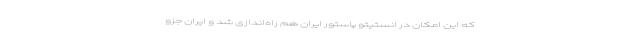
که این امکان در انستیتو پاستور ایران هم راه‌اندازی شد و ایران جزو